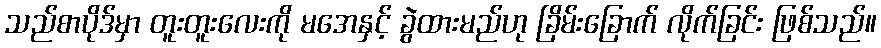
သည်စာပိုဒ်မှာ တူးတူးလေးကို မအေနှင့် ခွဲထားမည်ဟု ခြိမ်းခြောက် လိုက်ခြင်း ဖြစ်သည်။